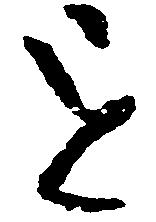
を